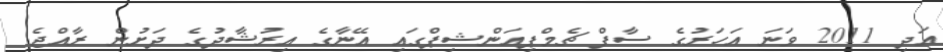
އަދި 2011 ވަނަ އަހަރުގެ ސާފް ޗެމްޕިއަންޝިޕްގައި އޭނާގެ އިރުޝާދުގެ ދަށުން ރާއްޖެ